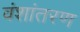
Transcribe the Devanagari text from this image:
वंशांतरण